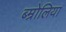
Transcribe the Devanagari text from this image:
ब्म्रोलिया